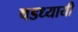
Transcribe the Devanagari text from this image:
षडध्यायी